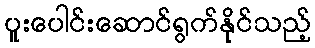
ပူးပေါင်းဆောင်ရွက်နိုင်သည့်